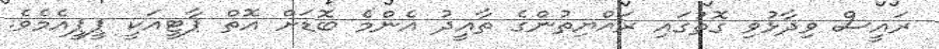
ރައީސް ވިދާޅުވި ގޮތުގައި ރައްޔިތުންގެ ތާއީދު އެންމެ ބޮޑަށް އޮތް ޕާޓީއަކީ ޕީޕީއެމެވެ.